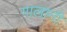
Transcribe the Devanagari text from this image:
गालानी